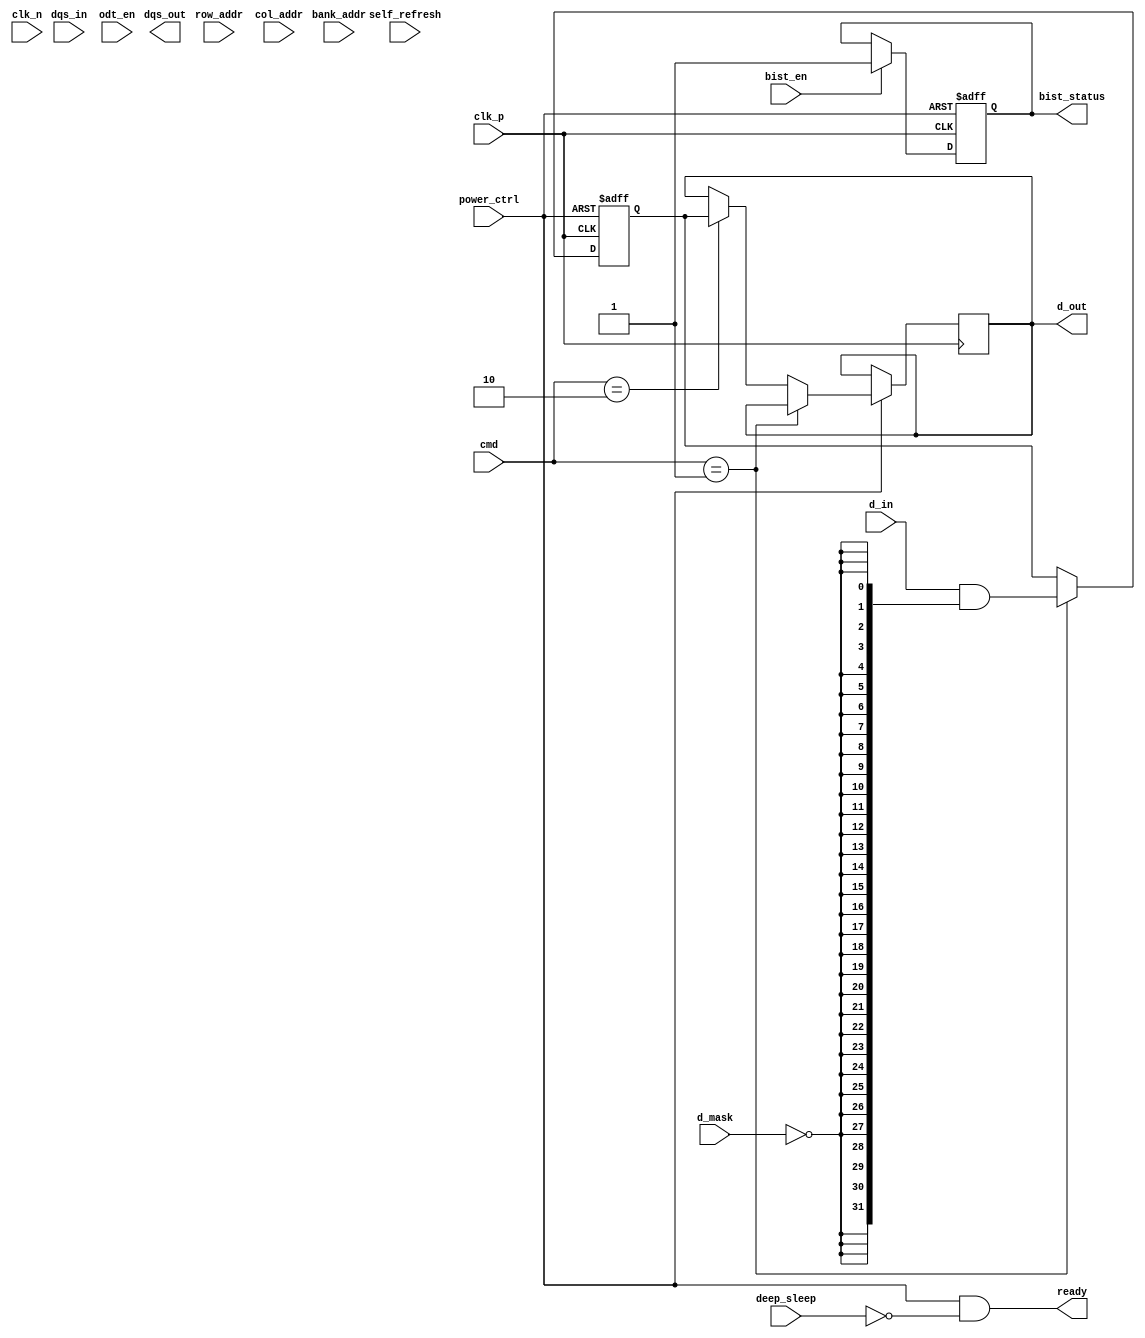
module lpddr5_io_block #(
    parameter DATA_WIDTH = 32,             // Configurable data width (16 or 32)
    parameter BURST_LENGTH = 8              // Burst length configuration
)(
    // Data Interface
    input wire [DATA_WIDTH-1:0]   d_in,         // Data input
    output wire [DATA_WIDTH-1:0]  d_out,        // Data output
    input wire                     d_mask,       // Data mask for partial write
    input wire [DATA_WIDTH-1:0]   dqs_in,       // Data Strobe input
    output wire [DATA_WIDTH-1:0]  dqs_out,      // Data Strobe output
    input wire                     odt_en,       // On-die termination enable

    // Clock Interface
    input wire                     clk_p,        // Differential clock positive
    input wire                     clk_n,        // Differential clock negative
    
    // Command Interface
    input wire [1:0]              cmd,          // Command input
    input wire [3:0]              bank_addr,    // Bank address input
    input wire [15:0]             row_addr,     // Row address input
    input wire [15:0]             col_addr,     // Column address input

    // Power Management
    input wire                     power_ctrl,   // Power control signals
    input wire                     deep_sleep,   // Deep sleep mode signal
    input wire                     self_refresh, // Self-refresh signal

    // Test Features
    input wire                     bist_en,      // Built-in self-test enable
    output wire                    bist_status,   // BIST status output

    // Output interfaces
    output wire                    ready          // Ready signal for operation
);

// Internal signals
wire odt_enabled;                      // ODT logic
reg [DATA_WIDTH-1:0] data_reg;        // Internal data register
reg bist_result;                       // BIST result register

// ODT Implementation
assign odt_enabled = odt_en & (cmd == 2'b00); // Example logic for ODT

// Data Input/Output Logic
always @(posedge clk_p or negedge power_ctrl) begin
    if (!power_ctrl) begin
        data_reg <= 0;                    // Reset data register
    end else begin
        if (cmd == 2'b01) begin            // Write command
            data_reg <= d_in & {DATA_WIDTH{~d_mask}}; // Handle masking
        end
        else if (cmd == 2'b10) begin       // Read command
            d_out <= data_reg;             // On read, output data
        end
    end
end

// BIST Logic (simplified)
always @(posedge clk_p or negedge power_ctrl) begin
    if (!power_ctrl) begin
        bist_result <= 1'b0;              // Reset BIST result
    end else if (bist_en) begin
        // BIST operation logic here
        bist_result <= 1'b1;              // Indicate BIST complete (example)
    end
end

assign bist_status = bist_result;        // BIST status output
assign ready = power_ctrl && !deep_sleep; // Ready signal logic

// Additional features such as clock lane, termination control, error correction, etc.
// would need to be implemented here...

endmodule